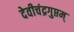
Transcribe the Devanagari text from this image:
देवीचंद्रगुप्तम्‌